On kala azar, malaria and malarial cachexia - Number 19
Disease focus: Malaria
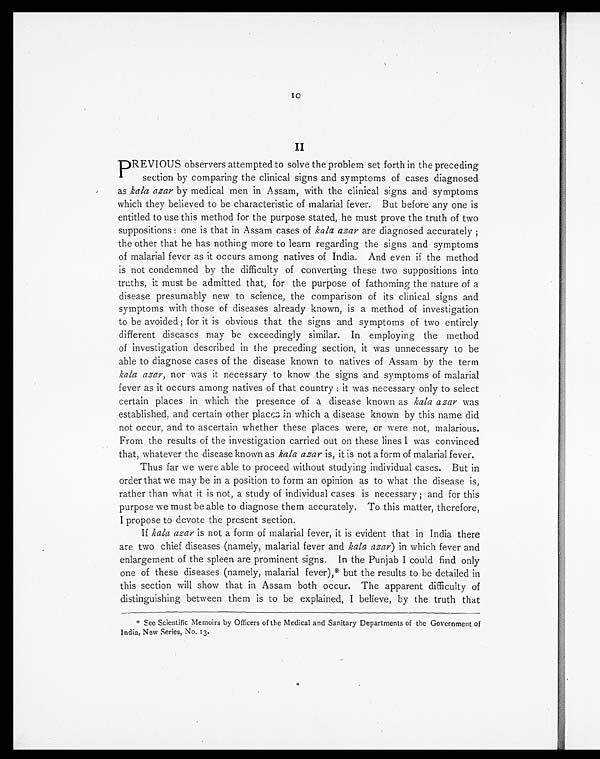
10
II
P REVIOUS observers attempted to solve the problem set forth in the preceding
section by comparing the clinical signs and symptoms of cases diagnosed
as kala azar by medical men in Assam, with the clinical signs and symptoms
which they believed to be characteristic of malarial fever. But before any one is
entitled to use this method for the purpose stated, he must prove the truth of two
suppositions : one is that in Assam cases of kala azar are diagnosed accurately ;
the other that he has nothing more to learn regarding the signs and symptoms
of malarial fever as it occurs among natives of India. And even if the method
is not condemned by the difficulty of converting these two suppositions into
truths, it must be admitted that, for the purpose of fathoming the nature of a
disease presumably new to science, the comparison of its clinical signs and
symptoms with those of diseases already known, is a method of investigation
to be avoided ; for it is obvious that the signs and symptoms of two entirely
different diseases may be exceedingly similar. In employing the method
of investigation described in the preceding section, it was unnecessary to be
able to diagnose cases of the disease known to natives of Assam by the term
kala azar, nor was it necessary to know the signs and symptoms of malarial
fever as it occurs among natives of that country : it was necessary only to select
certain places in which the presence of a disease known as kala azar was
established, and certain other places in which a disease known by this name did
not occur, and to ascertain whether these places were, or were not, malarious.
From the results of the investigation carried out on these lines I was convinced
that, whatever the disease known as kala azar is, it is not a form of malarial fever.
Thus far we were able to proceed without studying individual cases. But in
order that we may be in a position to form an opinion as to what the disease is,
rather than what it is not, a study of individual cases is necessary ; and for this
purpose we must be able to diagnose them accurately. To this matter, therefore,
I propose to devote the present section.
If kala azar is not a form of malarial fever, it is evident that in India there
are two chief diseases (namely, malarial fever and kala azar) in which fever and
enlargement of the spleen are prominent signs. In the Punjab I could find only
one of these diseases (namely, malarial fever),* but the results to be detailed in
this section will show that in Assam both occur. The apparent difficulty of
distinguishing between them is to be explained, I believe, by the truth that
* See Scientific Memoirs by Officers of the Medical and Sanitary Departments of the Government of
India, New Series, No. 13.